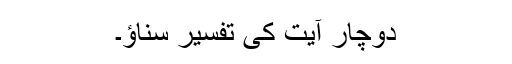
دوچار آیت کی تفسیر سناؤ۔